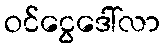
ဝင်ငွေဒေါ်လာ